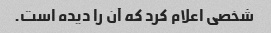
شخصی اعلام کرد که آن را دیده است.